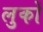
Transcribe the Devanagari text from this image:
लुकों